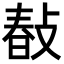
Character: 𢾎